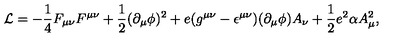
{ \cal L } = - \frac { 1 } { 4 } F _ { \mu \nu } F ^ { \mu \nu } + \frac { 1 } { 2 } ( \partial _ { \mu } \phi ) ^ { 2 } + e ( g ^ { \mu \nu } - \epsilon ^ { \mu \nu } ) ( \partial _ { \mu } \phi ) A _ { \nu } + \frac { 1 } { 2 } e ^ { 2 } \alpha A _ { \mu } ^ { 2 } ,